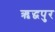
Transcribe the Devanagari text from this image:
ऋद्धपुर